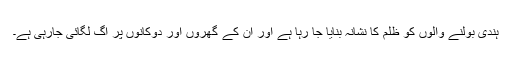
ہندی بولنے والوں کو ظلم کا نشانہ بنایا جا رہا ہے اور ان کے گھروں اور دوکانوں پر آگ لگائی جارہی ہے۔